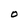
Character: O